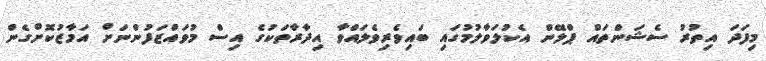
މިފަދަ އިތުރު ސެޝަންތައް ޕްލޭން އެކުލަވާލުމުގައި ބައިވެރިވެލައްވާ އިދާރާތަކުގެ އިސް މުވައްޒަފުންނަށް އަމާޒުކޮށްގެން